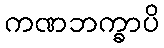
ကဏဘက္ခာပိ